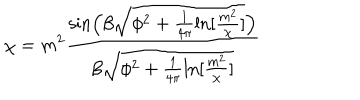
\chi = m ^ { 2 } \frac { \sin \left( \beta \sqrt { \phi ^ { 2 } + \frac { 1 } { 4 \pi } \ln [ \frac { m ^ { 2 } } { \chi } ] } \right) } { \beta \sqrt { \phi ^ { 2 } + \frac { 1 } { 4 \pi } \ln [ \frac { m ^ { 2 } } { \chi } ] } }